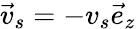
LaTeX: \vec{v}_{s}=-v_{s}\vec{e}_{z}